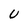
Character: U